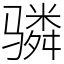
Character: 𬴊